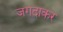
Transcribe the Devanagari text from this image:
जगदाकर